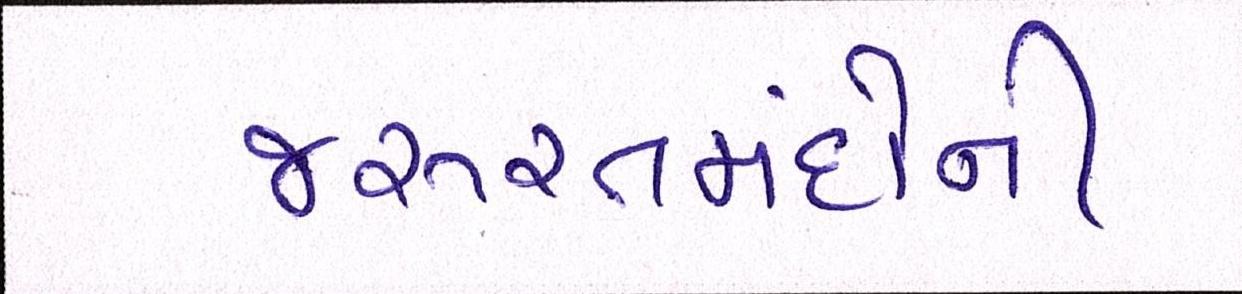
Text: જરૂરતમંદોની